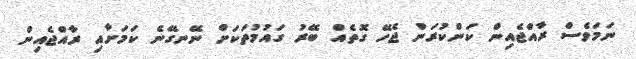
ނަމަވެސް ރާއްޖެއިން ކަންކުރަން ޖެހޭ ގޮތެއް ބޭރު ގައުމުތަކަށް ނޭނގޭނެ ކަމަށާއި ރާއްޖެއިން